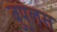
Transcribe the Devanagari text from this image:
बुपुलस